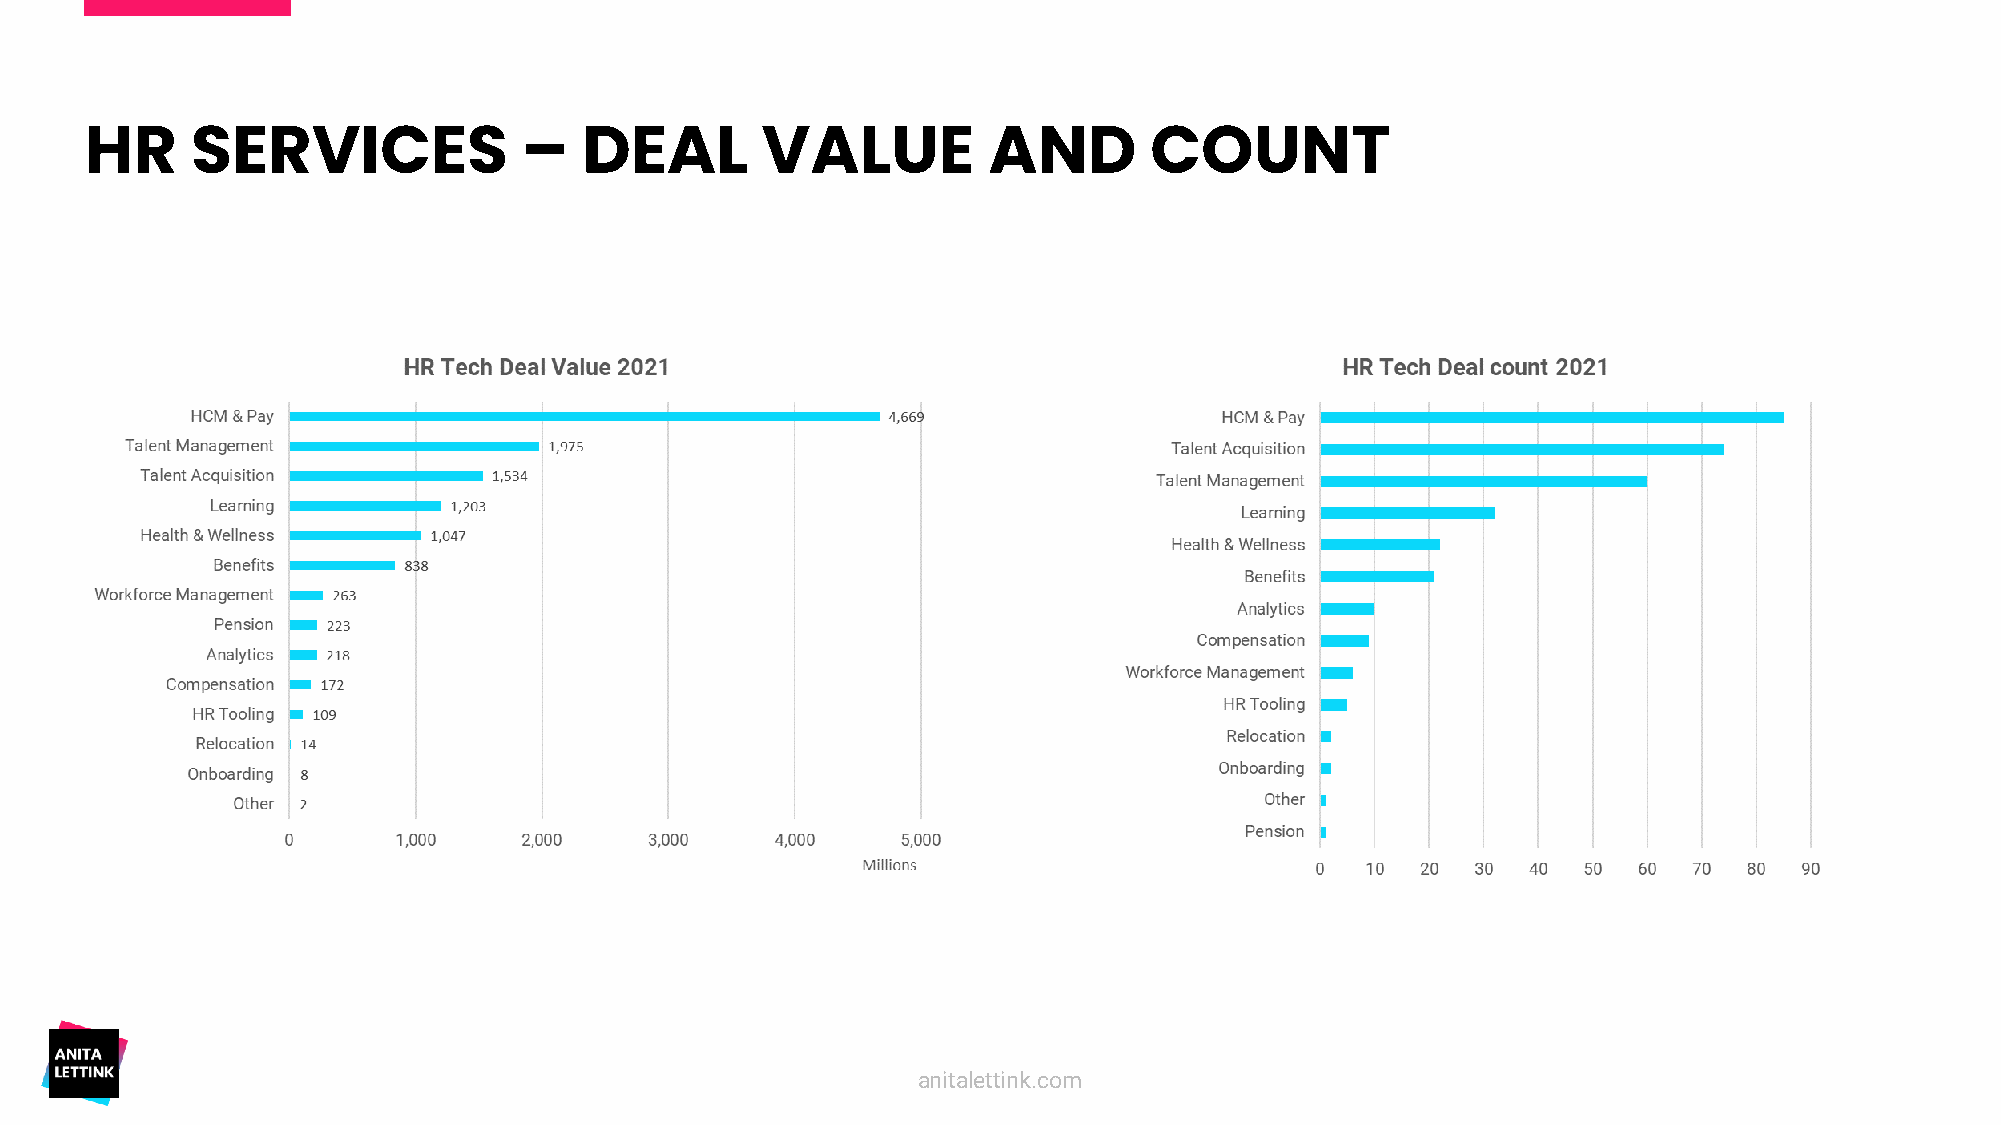
HR     SERVICES              –   DEAL       VALUE          AND        COUNT
 anitalettink.com